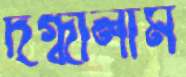
দগ্ধালাম